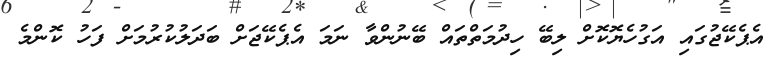
އެޕެކޭޖުގައި އަގުހެޔޮކޮށް ލިބޭ ހިދުމަތްތައް ބޭނުންވާ ނަމަ އެޕެކޭޖަށް ބަދަލުކުރުމަށް ފަހު ކޮންމެ